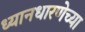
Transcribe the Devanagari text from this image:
ध्यानधारणेच्या